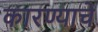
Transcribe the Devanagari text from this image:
कारण्याचे